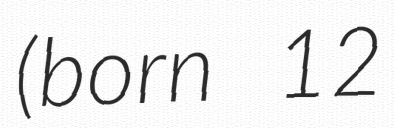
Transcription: (born 12